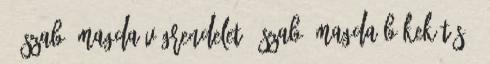
25 SZABÓ MAGDA Végrendelet 1 Szabó Magda Békekötés 2